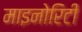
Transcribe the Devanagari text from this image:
माइनोरिटी